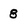
Character: 8